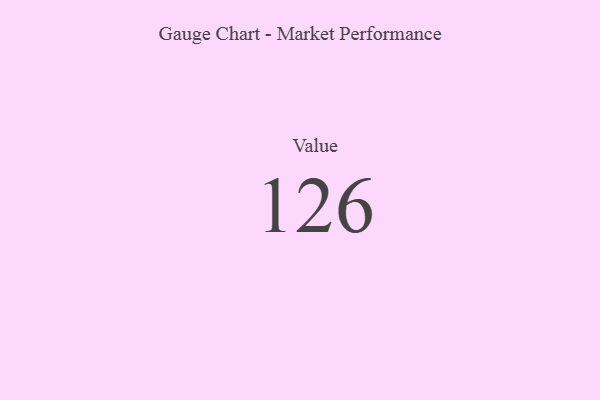
{"axis": {"x": "Metric", "y": "Value"}, "legend": [""], "data": [{"x": "Value", "y": 126, "type": ""}]}